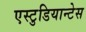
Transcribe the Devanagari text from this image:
एस्टुडियान्टेस